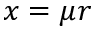
x = \mu r